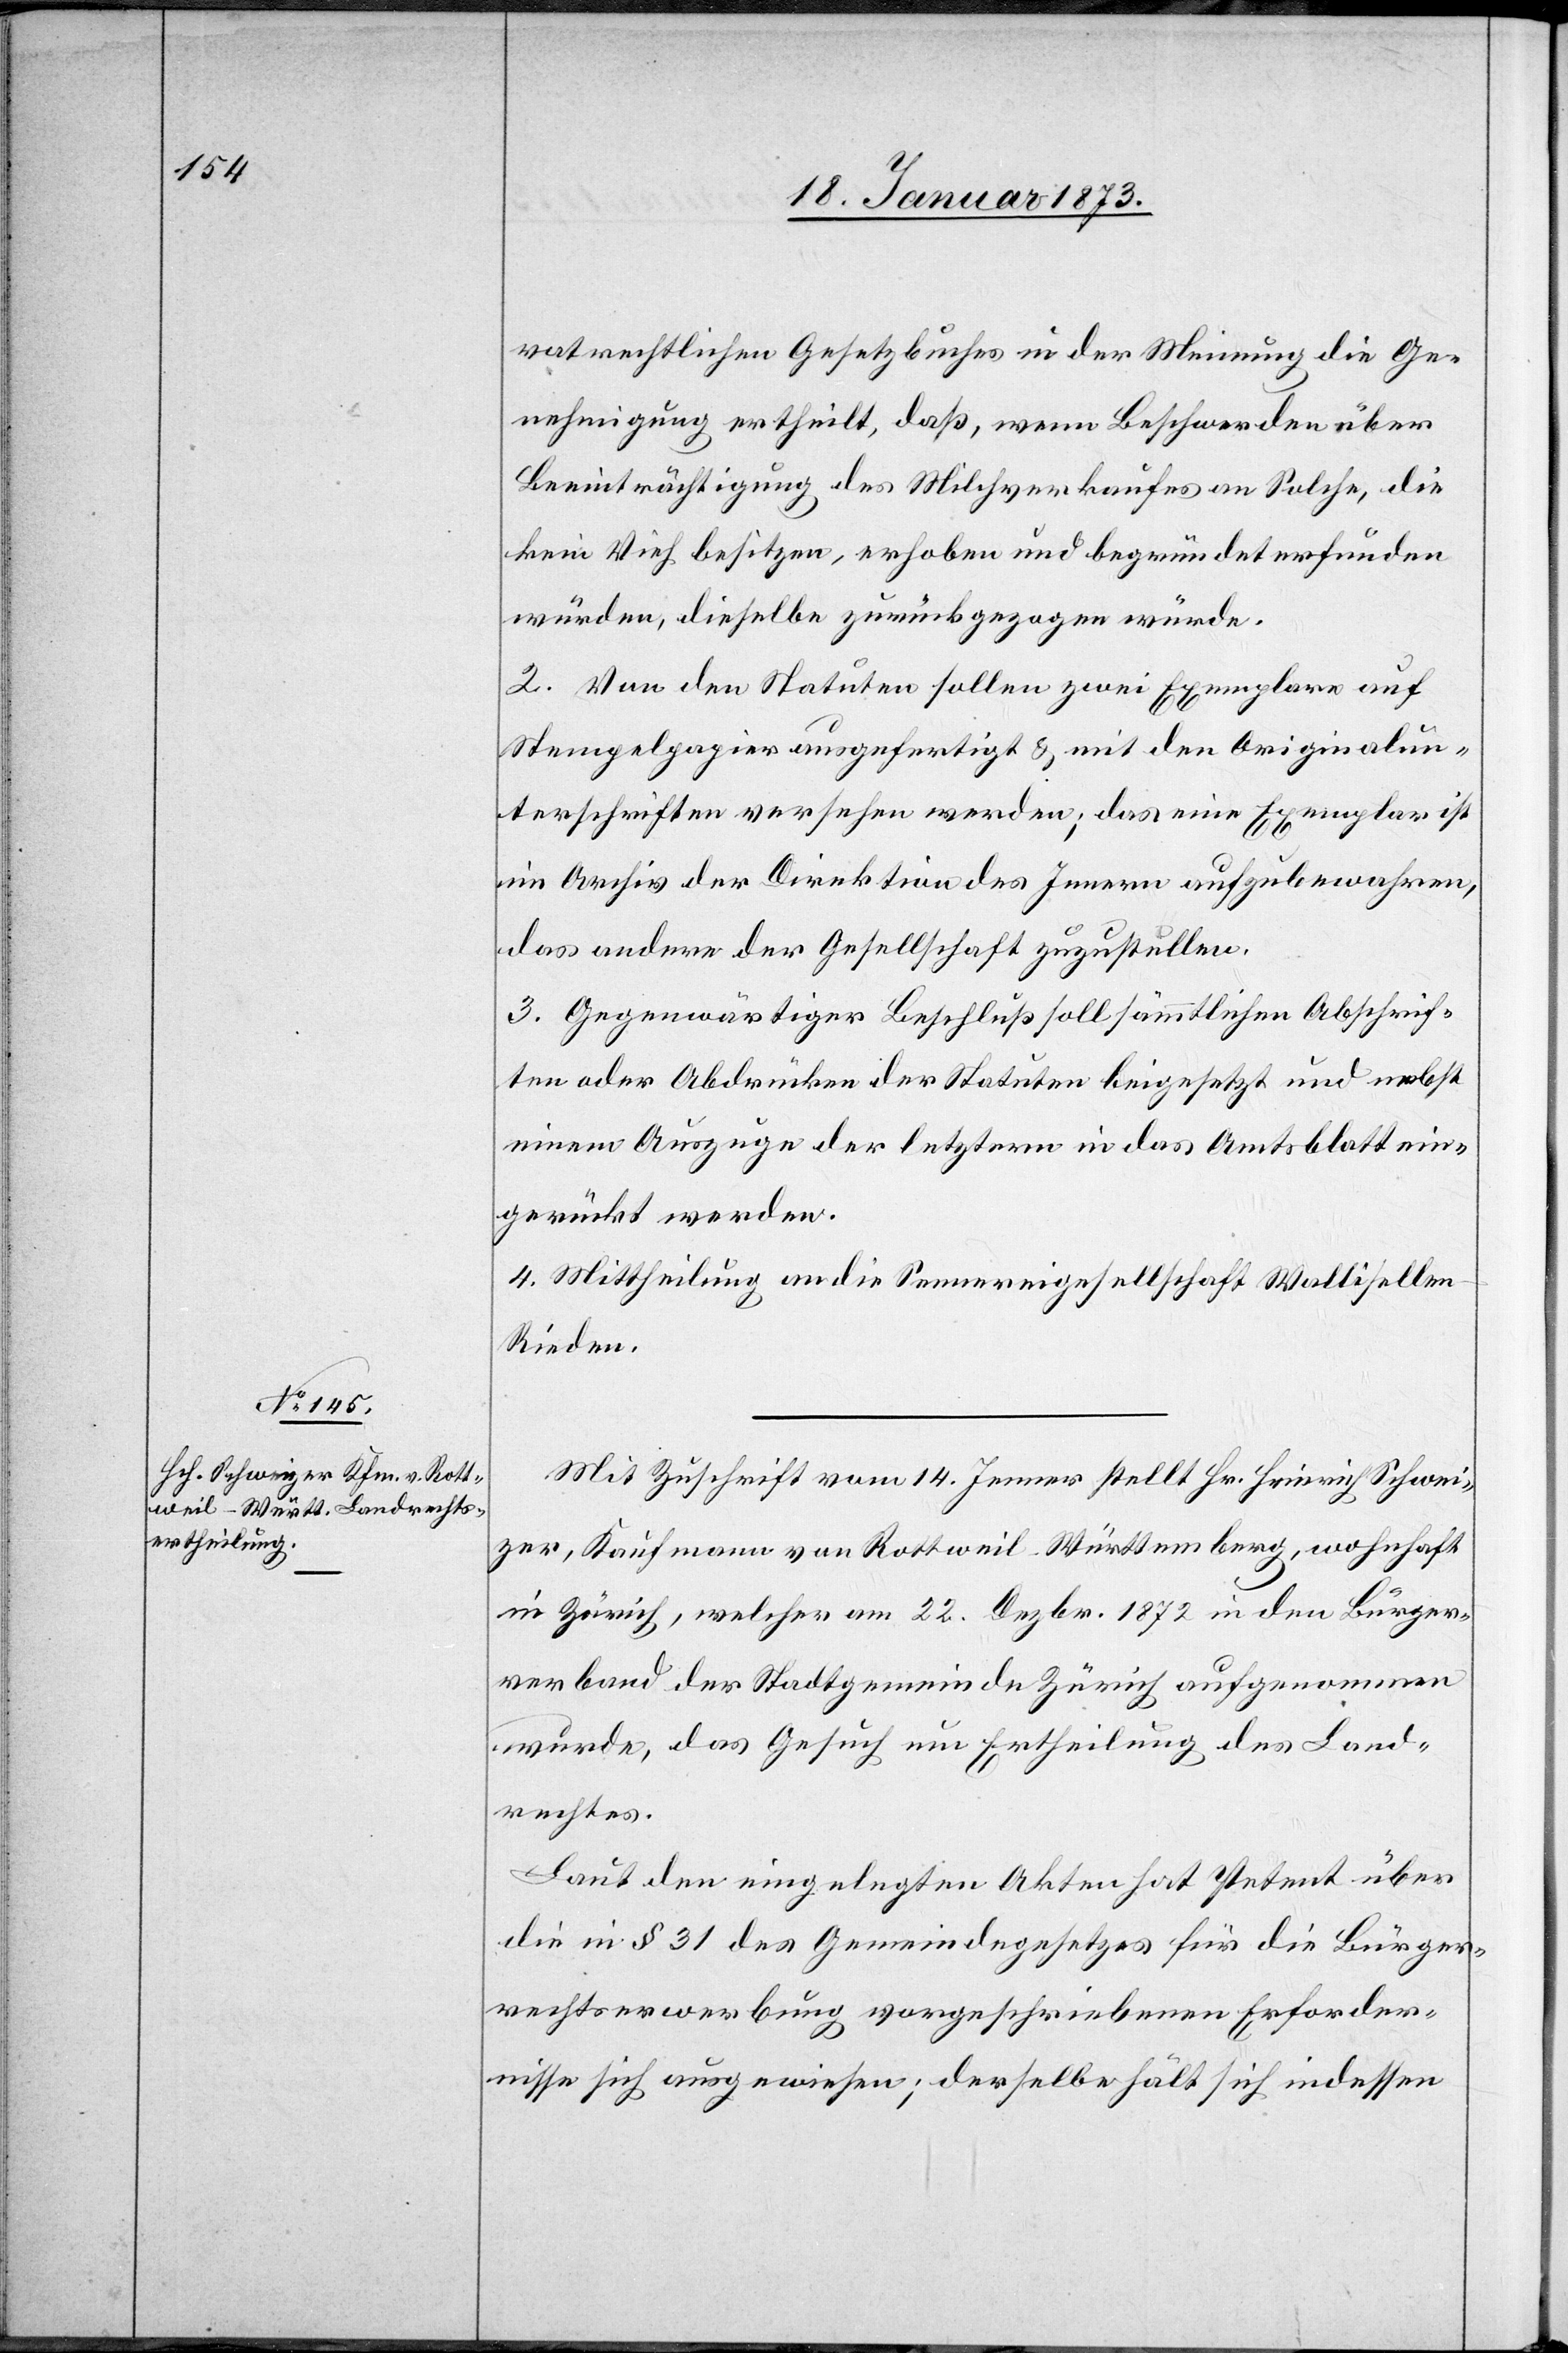
vatrechtlichen Gesetzbuches in der Meinung die Ge¬
nehmigung ertheilt, daß, wenn Beschwerden über
Beeinträchtigung des Milchverkaufes an Solche, die
kein Vieh besitzen, erhoben und begründet erfunden
würden, dieselbe zurückgezogen würde.
2. Von den Statuen sollen zwei Exemplare auf
Stempelpapier ausgefertigt u. mit den Originalun¬
terschriften versehen werden; das eine Exemplar ist
im Archiv der Direktion des Innern aufzubewahren,
das andere der Gesellschaft zuzustellen.
3. Gegenwärtiger Beschluß soll sämmtlichen Abschrif¬
ten oder Abdrücken der Statuten beigesetzt und nebst
einem Auszuge der letztern in das Amtsblatt ein¬
gerückt werden.
4. Mittheilung an die Sennereigesellschaft Wallisellen-R¬
ieden.
Mit Zuschrift vom 14. Jenner stellt Hr. Heinrich Schwei¬
zer, Kaufmann von Rottweil - Württemberg, wohnhaft
in Zürich, welcher am 22. Dezbr. 1872 in den Bürger¬
verband der Stadtgemeinde Zürich aufgenommen
wurde, das Gesuch um Ertheilung des Land¬
rechtes.
Laut den eingelegten Akten hat Petent über
die in § 31 des Gemeindegesetzes für die Bürger¬
rechtserwerbung vorgeschriebenen Erforder¬
nisse sich ausgewiesen; derselbe hält sich indessen